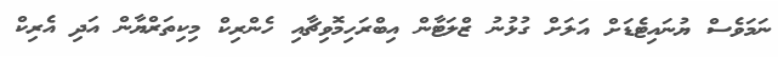
ނަމަވެސް ޔުނައިޓެޑަށް އަލަށް ގުޅުނު ޒްލަޓާން އިބްރަހިމޮވިޗާއި ހެންރިކް މިކިތަރްޔާން އަދި އެރިކް